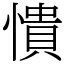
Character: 憒